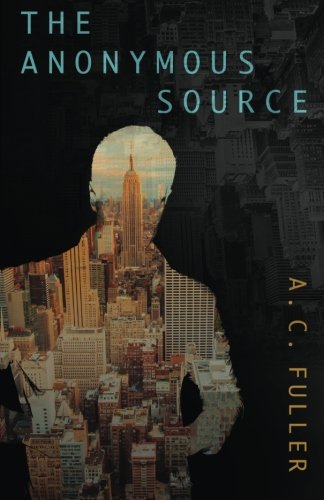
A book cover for The Anonymous Source; A.C. Fuller; Mystery, Thriller & Suspense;